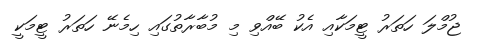
ޖުމްލަ ހަތަރު ޓީމަކާއި އެކު ބޭއްވި މި މުބާރާތުގައި ހިމެނޭ ހަތަރު ޓީމަކީ